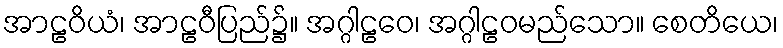
အာဠဝိယံ၊ အာဠဝီပြည်၌။ အဂ္ဂါဠဝေ၊ အဂ္ဂါဠဝမည်သော။ စေတိယေ၊